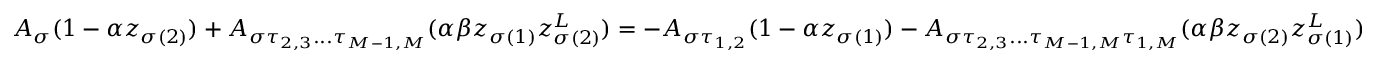
A _ { \sigma } ( 1 - \alpha z _ { \sigma ( 2 ) } ) + A _ { \sigma \tau _ { 2 , 3 } . . . \tau _ { M - 1 , M } } ( \alpha \beta z _ { \sigma ( 1 ) } z _ { \sigma ( 2 ) } ^ { L } ) = - A _ { \sigma \tau _ { 1 , 2 } } ( 1 - \alpha z _ { \sigma ( 1 ) } ) - A _ { \sigma \tau _ { 2 , 3 } . . . \tau _ { M - 1 , M } \tau _ { 1 , M } } ( \alpha \beta z _ { \sigma ( 2 ) } z _ { \sigma ( 1 ) } ^ { L } )